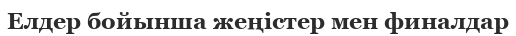
Елдер бойынша жеңістер мен финалдар